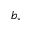
b _ { * }